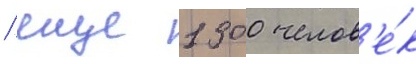
/ еще 1300 челов'е́к